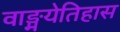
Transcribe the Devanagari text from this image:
वाङ्मयेतिहास